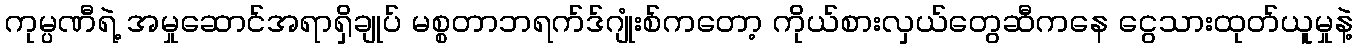
ကုမ္ပဏီရဲ့ အမှုဆောင်အရာရှိချုပ် မစ္စတာဘရက်ဒ်ဂျုံးစ်ကတော့ ကိုယ်စားလှယ်တွေဆီကနေ ငွေသားထုတ်ယူမှုနဲ့